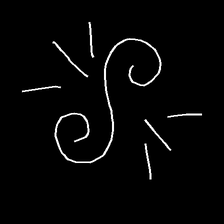
Glyph: wind-directs-air